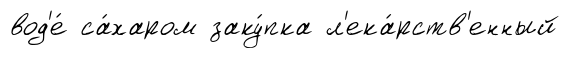
вод'е́ са́харом заку́пка л'ека́рств'енный